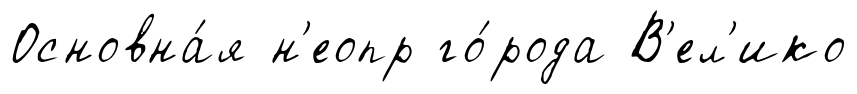
Основна́я н'еопр го́рода В'ел'ико